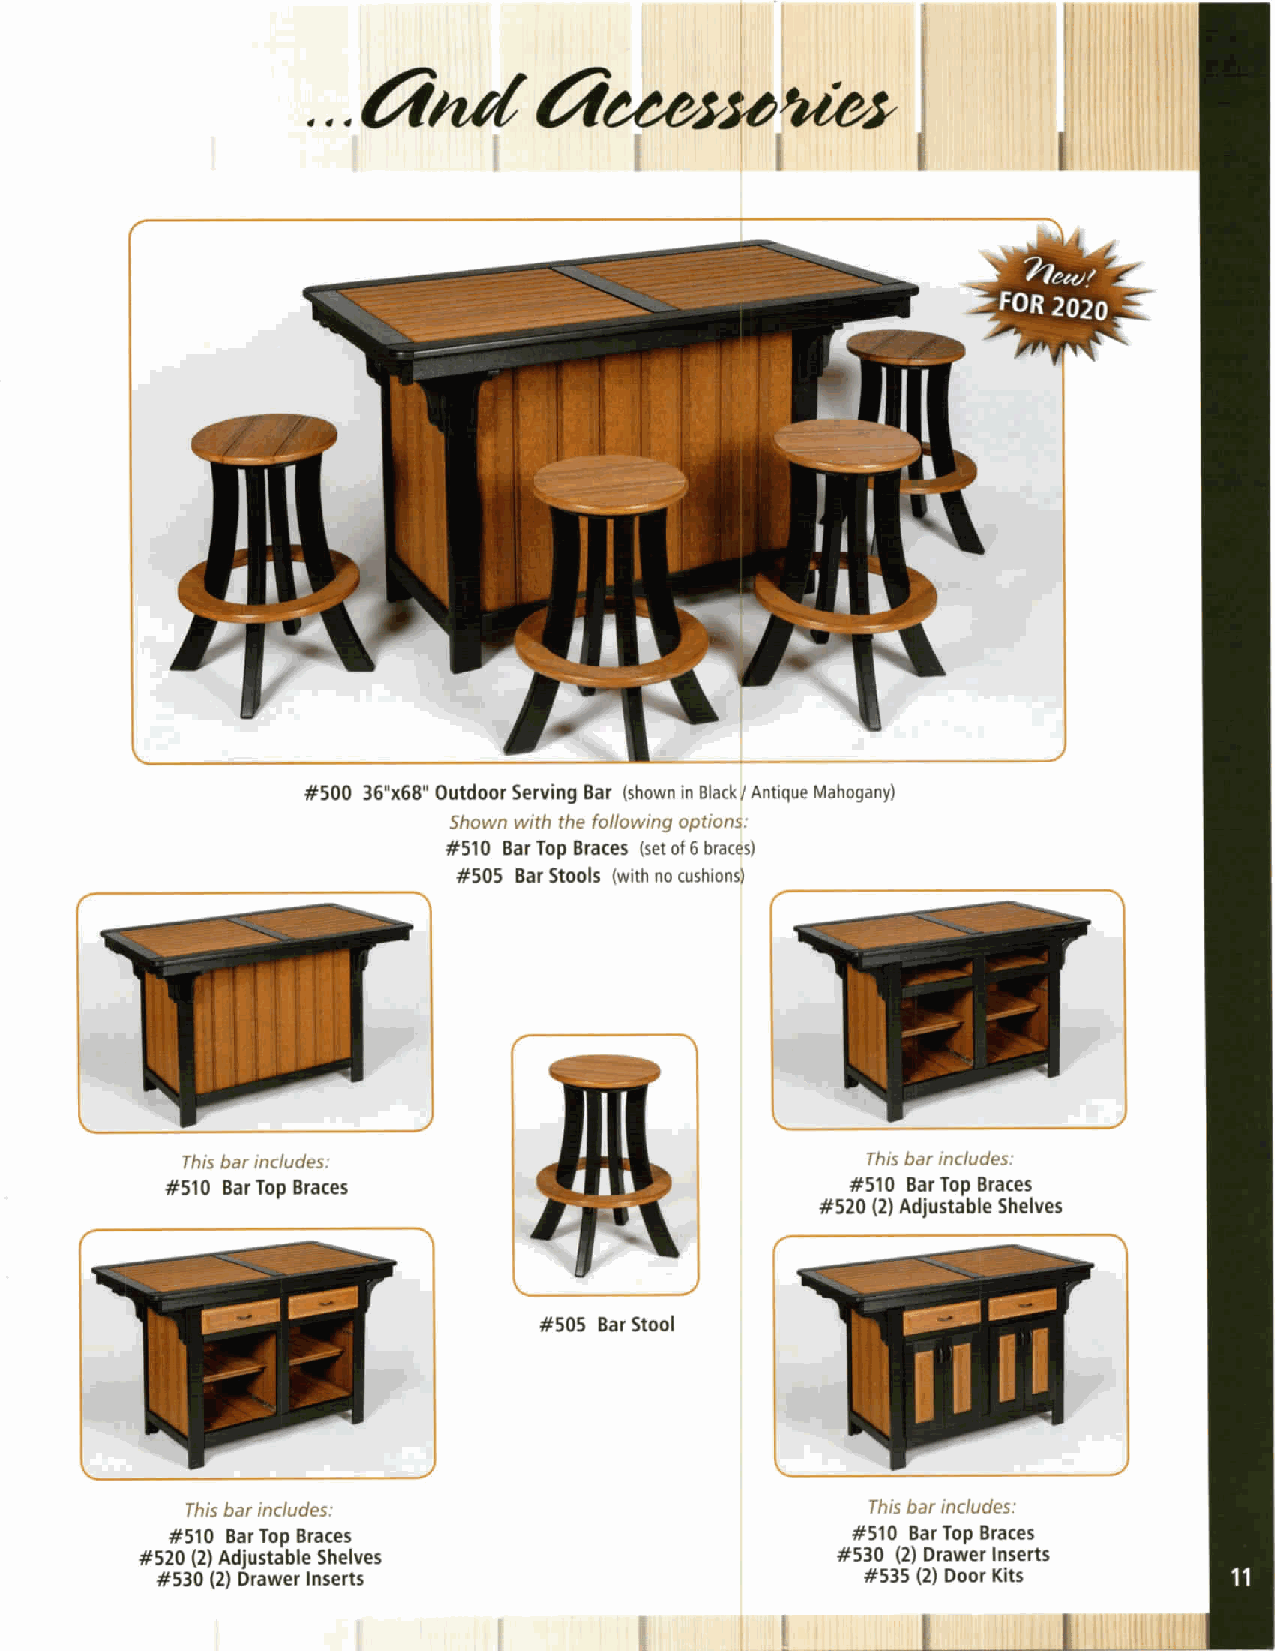
. . .Cind      Cicecia.
 Shown with the following options:
 #510 Bar Top Braces (set of 6 brac¢s)
 #505 Bar Stools (with no cushions)
 This bar includes:                           This bar includes:
 #510 Bar Top Braces
 #52#o5('2iABd#t°a#e'ascheesives
 #505 Bar stool
 This bar includes:                            This bar includes:
 #510 BarTop Braces
 #5#2:0:(:2?(2iB#:t:ap:r::r:Ssch:ei:es         #530 (2) Drawer lnsei'ts
 #535 (2) Door Kits